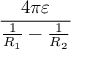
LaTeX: \frac { 4 \pi \varepsilon } { { \frac { 1 } { R _ { 1 } } } - { \frac { 1 } { R _ { 2 } } } }